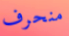
منحرف